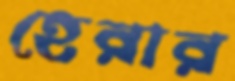
হেরার